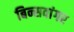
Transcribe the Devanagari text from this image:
बिन्सवांगर